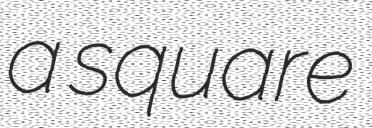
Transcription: a square